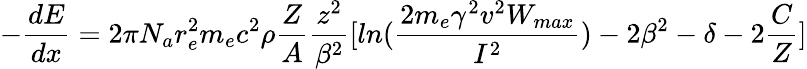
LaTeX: -\frac{dE}{dx}=2\pi N_{a}r_{e}^{2}m_{e}c^{2}\rho\frac{Z}{A}\frac{z^{2}}{\beta^{2}}[ln(\frac{2m_{e}\gamma^{2}v^{2}W_{max}}{I^{2}})-2\beta^{2}-\delta-2\frac{C}{Z}]